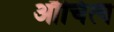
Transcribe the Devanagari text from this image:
औचित्‍य